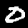
Digit: 0